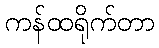
ကန်ထရိုက်တာ